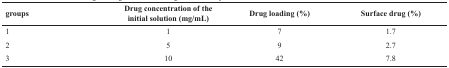
<table><thead><tr><td><b>groups</b></td><td><b>Drug concentration of the initial solution (mg/mL)</b></td><td><b>Drug loading (%)</b></td><td><b>Surface drug (%)</b></td></tr></thead><tbody><tr><td><b>1</b></td><td>1</td><td>7</td><td>1.7</td></tr><tr><td><b>2</b></td><td>5</td><td>9</td><td>2.7</td></tr><tr><td><b>3</b></td><td>10</td><td>42</td><td>7.8</td></tr></tbody></table>